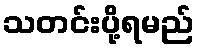
သတင်းပို့ရမည်